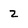
Character: 2